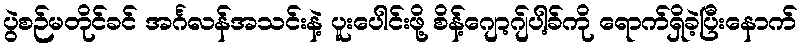
ပွဲစဉ်မတိုင်ခင် အင်္ဂလန်အသင်းနဲ့ ပူးပေါင်းဖို့ စိန့်ဂျော့ဂျ်ပါ့ခ်ကို ရောက်ရှိခဲ့ပြီးနောက်